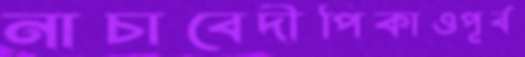
নাচাবেদীপিকাওপূর্ব